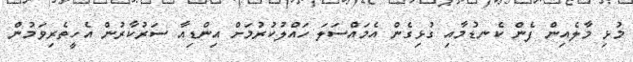
މުޅި މާލެއިން ފެން ކެނޑުމާއި ގުޅިގެން އެމައްސަލަ ހައްލުކުރުމަށް އިންޑިއާ ސަރުކާރުން އެހީތެރިވަމުން